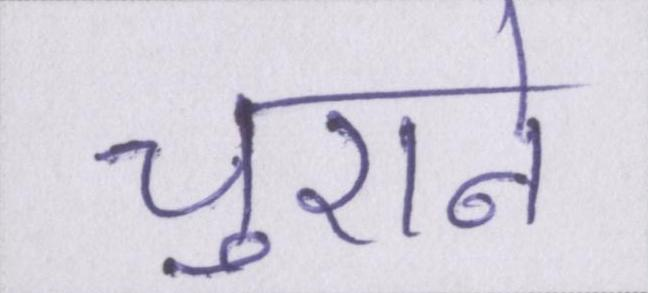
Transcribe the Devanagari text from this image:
चुराने